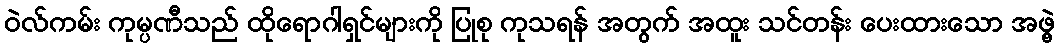
ဝဲလ်ကမ်း ကုမ္ပဏီသည် ထိုရောဂါရှင်များကို ပြုစု ကုသရန် အတွက် အထူး သင်တန်း ပေးထားသော အဖွဲ့